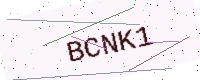
Text: BCNK1